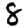
Digit: 8